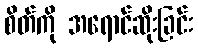
စိတ်ကို အရောင်ဆိုးခြင်း